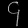
Digit: ၄